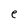
Character: e